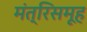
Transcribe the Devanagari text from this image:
मंत्रिसमूह